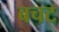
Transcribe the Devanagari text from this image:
बचट